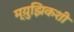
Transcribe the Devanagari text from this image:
म्य़ुझिकशी